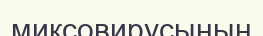
миксовирусының